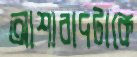
আশাবাদটাকে